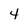
Character: 4